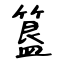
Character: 簋